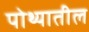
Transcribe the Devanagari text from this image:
पोथ्यातील